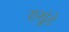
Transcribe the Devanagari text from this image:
राखुंडे